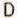
D